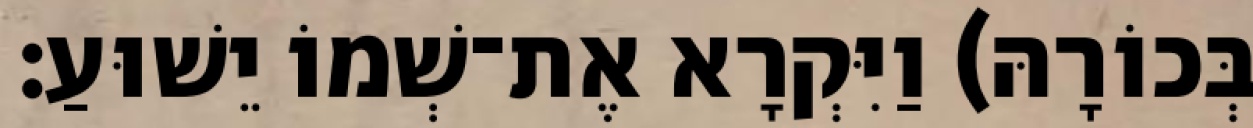
בְּכוֹרָהּ) וַיִּקְרָא אֶת־שְׁמוֹ יֵשׁוּעַ׃